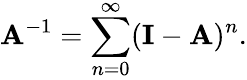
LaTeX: \mathbf{A}^{-1}=\sum_{n=0}^{\infty}(\mathbf{I}-\mathbf{A})^{n}.